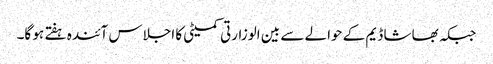
جبکہ بھاشا ڈیم کے حوالے سے بین الوزارتی کمیٹی کا اجلاس آئندہ ہفتے ہو گا۔